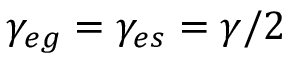
\gamma _ { e g } = \gamma _ { e s } = \gamma / 2